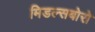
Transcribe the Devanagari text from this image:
मिडल्सबोरो